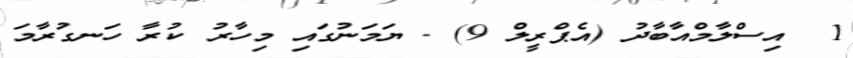
1  އިސްލާމްއާބާދު (އެޕްރީލް 9) - ޔަމަނުގައި މިހާރު ކުރާ ހަނގުރާމަ